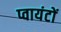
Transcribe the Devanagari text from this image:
प्वायंटों